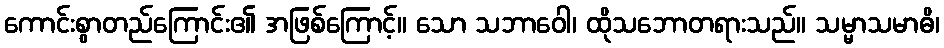
ကောင်းစွာတည်ကြောင်း၏ အဖြစ်ကြောင့်။ သော သဘာဝေါ၊ ထိုသဘောတရားသည်။ သမ္မာသမာဓိ၊